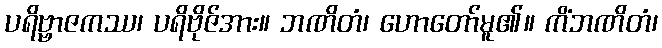
ပရိဗ္ဗာဇကဿ၊ ပရိဗိုဇ်အား။ ဘဏိတံ၊ ဟောတော်မူ၏။ ကိံဘဏိတံ၊